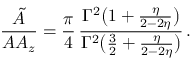
\frac { { \tilde { A } } } { A A _ { z } } = \frac { \pi } { 4 } \, \frac { \Gamma ^ { 2 } \big ( 1 + \frac { \eta } { 2 - 2 \eta } \big ) } { \Gamma ^ { 2 } \big ( \frac { 3 } { 2 } + \frac { \eta } { 2 - 2 \eta } \big ) } \, .